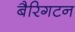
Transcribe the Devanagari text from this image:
बैरिगटन